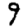
Digit: 9